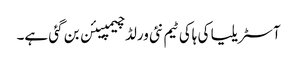
آسٹریلیا کی ہاکی ٹیم نئی ورلڈ چیمپیئن بن گئی ہے۔